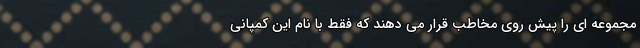
مجموعه ای را پیش روی مخاطب قرار می دهند که فقط با نام این کمپانی